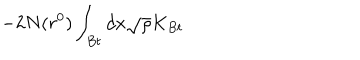
- 2 N ( r ^ { 0 } ) \int _ { B t } d x \sqrt { \rho } K _ { B t }